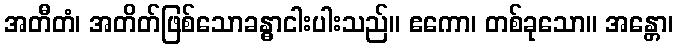
အတီတံ၊ အတိတ်ဖြစ်သောခန္ဓာငါးပါးသည်။ ဧကော၊ တစ်ခုသော။ အန္တော၊